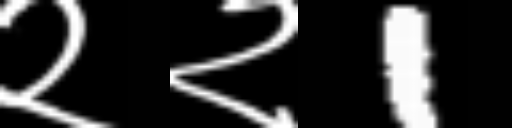
Text: २२1